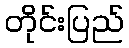
တိုင်းပြည်